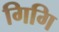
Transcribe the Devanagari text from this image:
गिगि